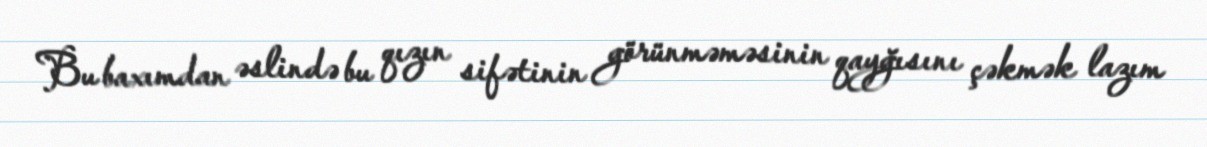
Bu baxımdan əslində bu qızın sifətinin görünməməsinin qayğısını çəkmək lazım